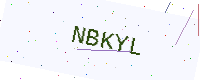
Text: NBKYL